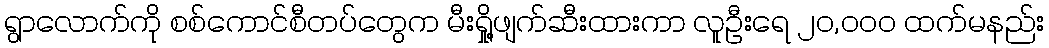
ရွာလောက်ကို စစ်ကောင်စီတပ်တွေက မီးရှို့ဖျက်ဆီးထားကာ လူဦးရေ ၂၀,၀၀၀ ထက်မနည်း